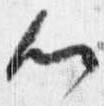
心